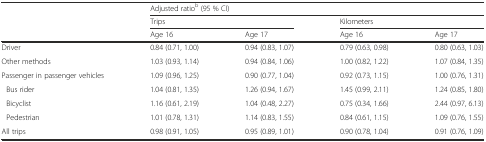
<table><thead><tr><td></td><td colspan="4"><b>Adjusted ratio<sup>b</sup> (95 % CI)</b></td></tr><tr><td></td><td colspan="2"><b>Trips</b></td><td colspan="2"><b>Kilometers</b></td></tr><tr><td></td><td><b>Age 16</b></td><td><b>Age 17</b></td><td><b>Age 16</b></td><td><b>Age 17</b></td></tr></thead><tbody><tr><td>Driver</td><td>0.84 (0.71, 1.00)</td><td>0.94 (0.83, 1.07)</td><td>0.79 (0.63, 0.98)</td><td>0.80 (0.63, 1.03)</td></tr><tr><td>Other methods</td><td>1.03 (0.93, 1.14)</td><td>0.94 (0.84, 1.06)</td><td>1.00 (0.82, 1.22)</td><td>1.07 (0.84, 1.35)</td></tr><tr><td>Passenger in passenger vehicles</td><td>1.09 (0.96, 1.25)</td><td>0.90 (0.77, 1.04)</td><td>0.92 (0.73, 1.15)</td><td>1.00 (0.76, 1.31)</td></tr><tr><td>Bus rider</td><td>1.04 (0.81, 1.35)</td><td>1.26 (0.94, 1.67)</td><td>1.45 (0.99, 2.11)</td><td>1.24 (0.85, 1.80)</td></tr><tr><td>Bicyclist</td><td>1.16 (0.61, 2.19)</td><td>1.04 (0.48, 2.27)</td><td>0.75 (0.34, 1.66)</td><td>2.44 (0.97, 6.13)</td></tr><tr><td>Pedestrian</td><td>1.01 (0.78, 1.31)</td><td>1.14 (0.83, 1.55)</td><td>0.84 (0.61, 1.15)</td><td>1.09 (0.76, 1.55)</td></tr><tr><td>All trips</td><td>0.98 (0.91, 1.05)</td><td>0.95 (0.89, 1.01)</td><td>0.90 (0.78, 1.04)</td><td>0.91 (0.76, 1.09)</td></tr></tbody></table>